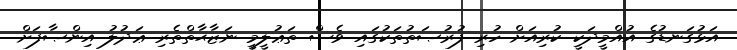
އަޅުގަނޑުގެ އުއްމީދަކީ ކުރިއަށް ހުރި ފުރުޞަތުތަކުގައި ވެސް ތަޢުލީމީ ނަޒާޙާތްތެރި ޢަދުލު އިންޞާފަށް